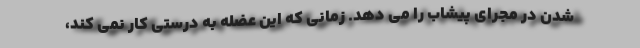
شدن در مجرای پیشاب را می دهد. زمانی که این عضله به درستی کار نمی کند،